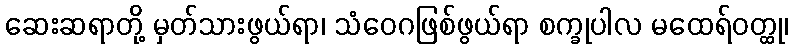
ဆေးဆရာတို့ မှတ်သားဖွယ်ရာ၊ သံဝေဂဖြစ်ဖွယ်ရာ စက္ခုပါလ မထေရ်ဝတ္ထု၊